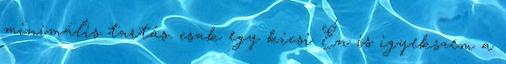
minimális tartás. csak egy kicsi Én is igyekszem a